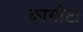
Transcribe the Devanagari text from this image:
कागीटा